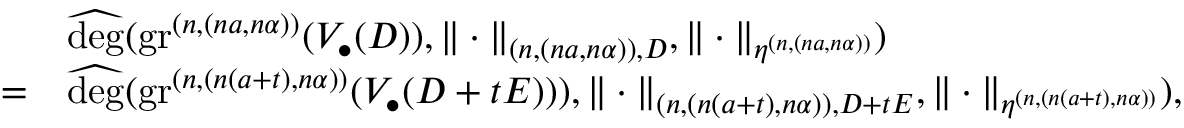
\begin{array} { r l } & { \widehat { \deg } ( \operatorname { g r } ^ { ( n , ( n a , n \alpha ) ) } ( V _ { \bullet } ( D ) ) , \| \cdot \| _ { ( n , ( n a , n \alpha ) ) , D } , \| \cdot \| _ { \eta ^ { ( n , ( n a , n \alpha ) ) } } ) } \\ { = } & { \widehat { \deg } ( \operatorname { g r } ^ { ( n , ( n ( a + t ) , n \alpha ) ) } ( V _ { \bullet } ( D + t E ) ) ) , \| \cdot \| _ { ( n , ( n ( a + t ) , n \alpha ) ) , D + t E } , \| \cdot \| _ { \eta ^ { ( n , ( n ( a + t ) , n \alpha ) ) } } ) , } \end{array}